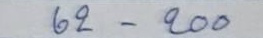
62 - 200